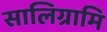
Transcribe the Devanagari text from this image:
सालिग्रामि